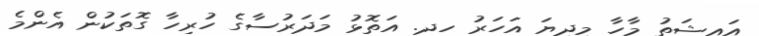
އައިޝަތު މާހާ މިދިޔަ އަހަރު ހދ. އަތޮޅު މަދަރުސާގެ ހުރިހާ ގޮތަކުން އެންމެ